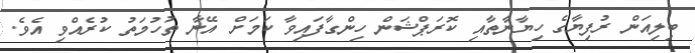
ބިލިއަން ރުފިޔާގެ ހިޔާނާތާއި ކޮރަޕްޝަން ހިންގާފައިވާ ކަމަށް އޭނާ ތުހުމަތު ކުރެއްވި އެވެ.